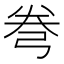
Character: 弮